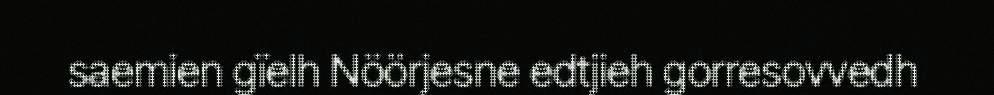
saemien gïelh Nöörjesne edtjieh gorresovvedh